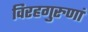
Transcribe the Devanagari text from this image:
विरहगुरुणां